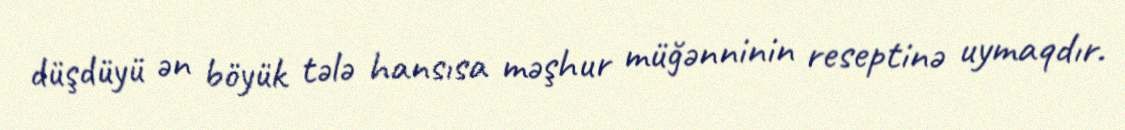
düşdüyü ən böyük tələ hansısa məşhur müğənninin reseptinə uymaqdır.